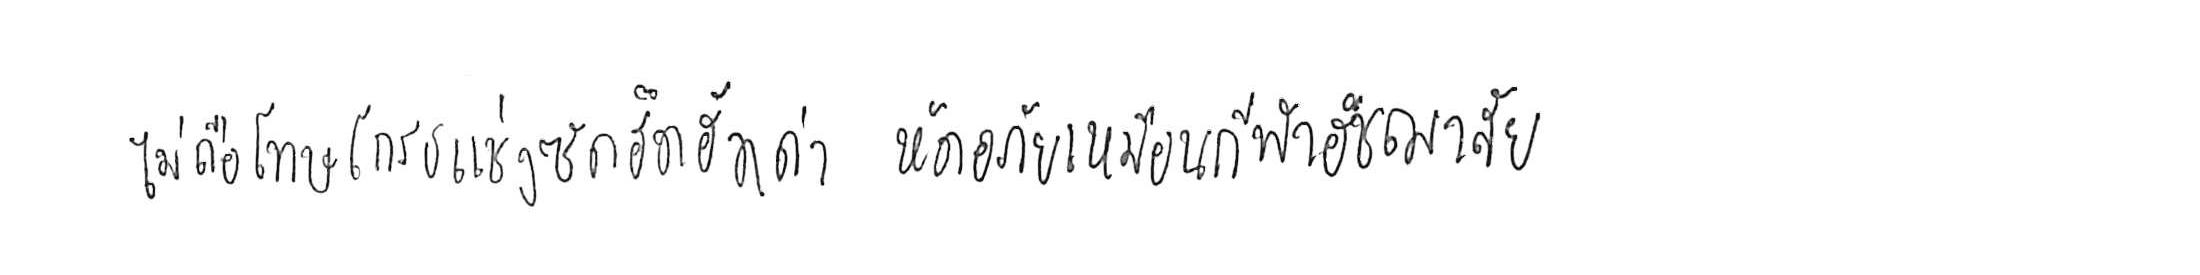
ไม่ถือโทษโกรธแช่งซัดฮึดฮัดด่า หัดอภัยเหมือนกีฬาอัชฌาสัย